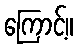
ကြောင့်။